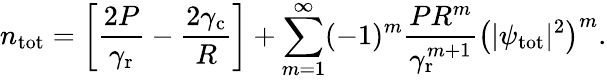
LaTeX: n_{\mathrm{tot}}=\left[\frac{2P}{\gamma_{\mathrm{r}}}-\frac{2\gamma_{\mathrm{c}}}{R}\right]+\sum_{m=1}^{\infty}(-1)^{m}\frac{PR^{m}}{\gamma_{\mathrm{r}}^{m+1}}\left(|\psi_{\mathrm{tot}}|^{2}\right)^{m}.